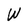
Character: W